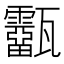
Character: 𤮷